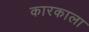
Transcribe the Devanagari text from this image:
कारकाला